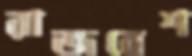
রাজবেশ